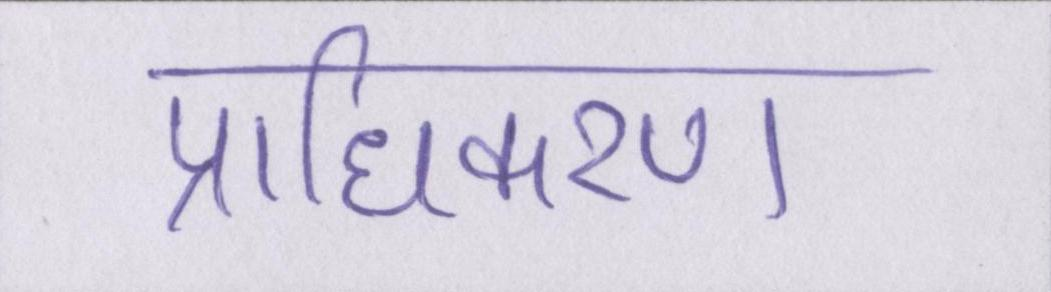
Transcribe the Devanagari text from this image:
प्राधिकरण